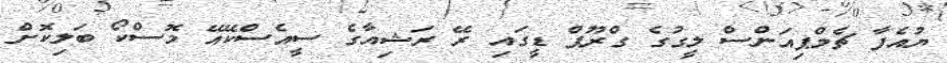
ޔުއެފާ ޗެމްޕިއަންސް ލީގުގެ ގްރޫޕް ޑީގައި ރޭ ރަޝިއާގެ ސީއެސްކޭއޭ މޮސްކޯ ބަލިކޮށް